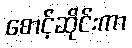
စောင့်ဆိုင်းကာ